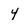
Character: 4